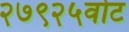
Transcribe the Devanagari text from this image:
२७९२५वोट